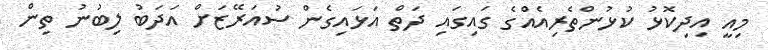
މިއީ އިދިކޮޅު ކުޅުންތެރިއެއްގެ ގައިގައި ދަތް އަޅައިގެން ސުއަރޭޒަށް އަދަބު ލިބުނު ތިން